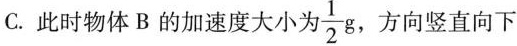
C. 此时物体 B 的加速度大小为 \frac{1}{2}g ，方向竖直向下